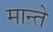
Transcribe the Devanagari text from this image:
मान्ते